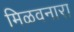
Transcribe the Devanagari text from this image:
मिळवनारा